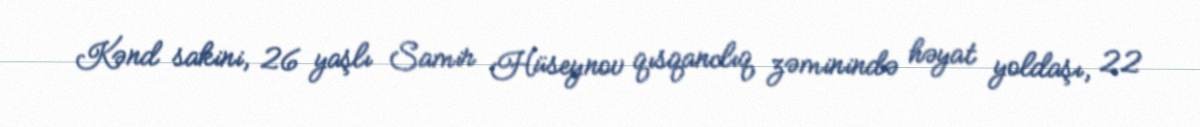
Kənd sakini, 26 yaşlı Samir Hüseynov qısqanclıq zəminində həyat yoldaşı, 22